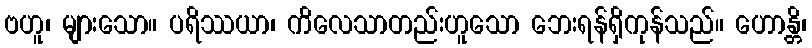
ဗဟူ၊ များသော။ ပရိဿယာ၊ ကိလေသာတည်းဟူသော ဘေးရန်ရှိကုန်သည်။ ဟောန္တိ၊